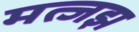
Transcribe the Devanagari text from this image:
मत्जझ